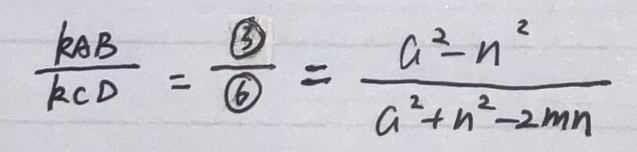
$\frac{k_{AB}}{k_{CD}}=\frac{\textcircled{3}}{\textcircled{6}}=\frac{a^{2}-n^{2}}{a^{2}+n^{2}-2mn}$